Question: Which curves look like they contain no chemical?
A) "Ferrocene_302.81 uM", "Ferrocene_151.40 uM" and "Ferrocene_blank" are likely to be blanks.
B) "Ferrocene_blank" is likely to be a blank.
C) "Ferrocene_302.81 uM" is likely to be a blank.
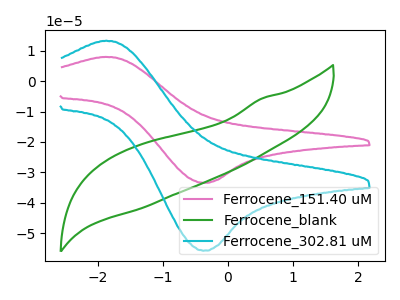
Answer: <think>The pink curve "Ferrocene_151.40 uM" has an anodic peak at (-1.90V, 7.95uA) and a cathodic peak at (-0.35V, -33.45uA). The green curve "Ferrocene_blank" has no peaks. The cyan curve "Ferrocene_302.81 uM" has an anodic peak at (-1.90V, 13.30uA) and a cathodic peak at (-0.35V, -55.80uA).</think>
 <answer>B) "Ferrocene_blank" is likely to be a blank.</answer>
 <eval>B</eval>